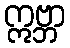
ဣဗ္ဘာ